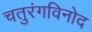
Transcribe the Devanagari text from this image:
चतुरंगविनोद